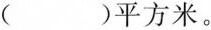
( )平方米。